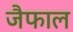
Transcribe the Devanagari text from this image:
जैफाल